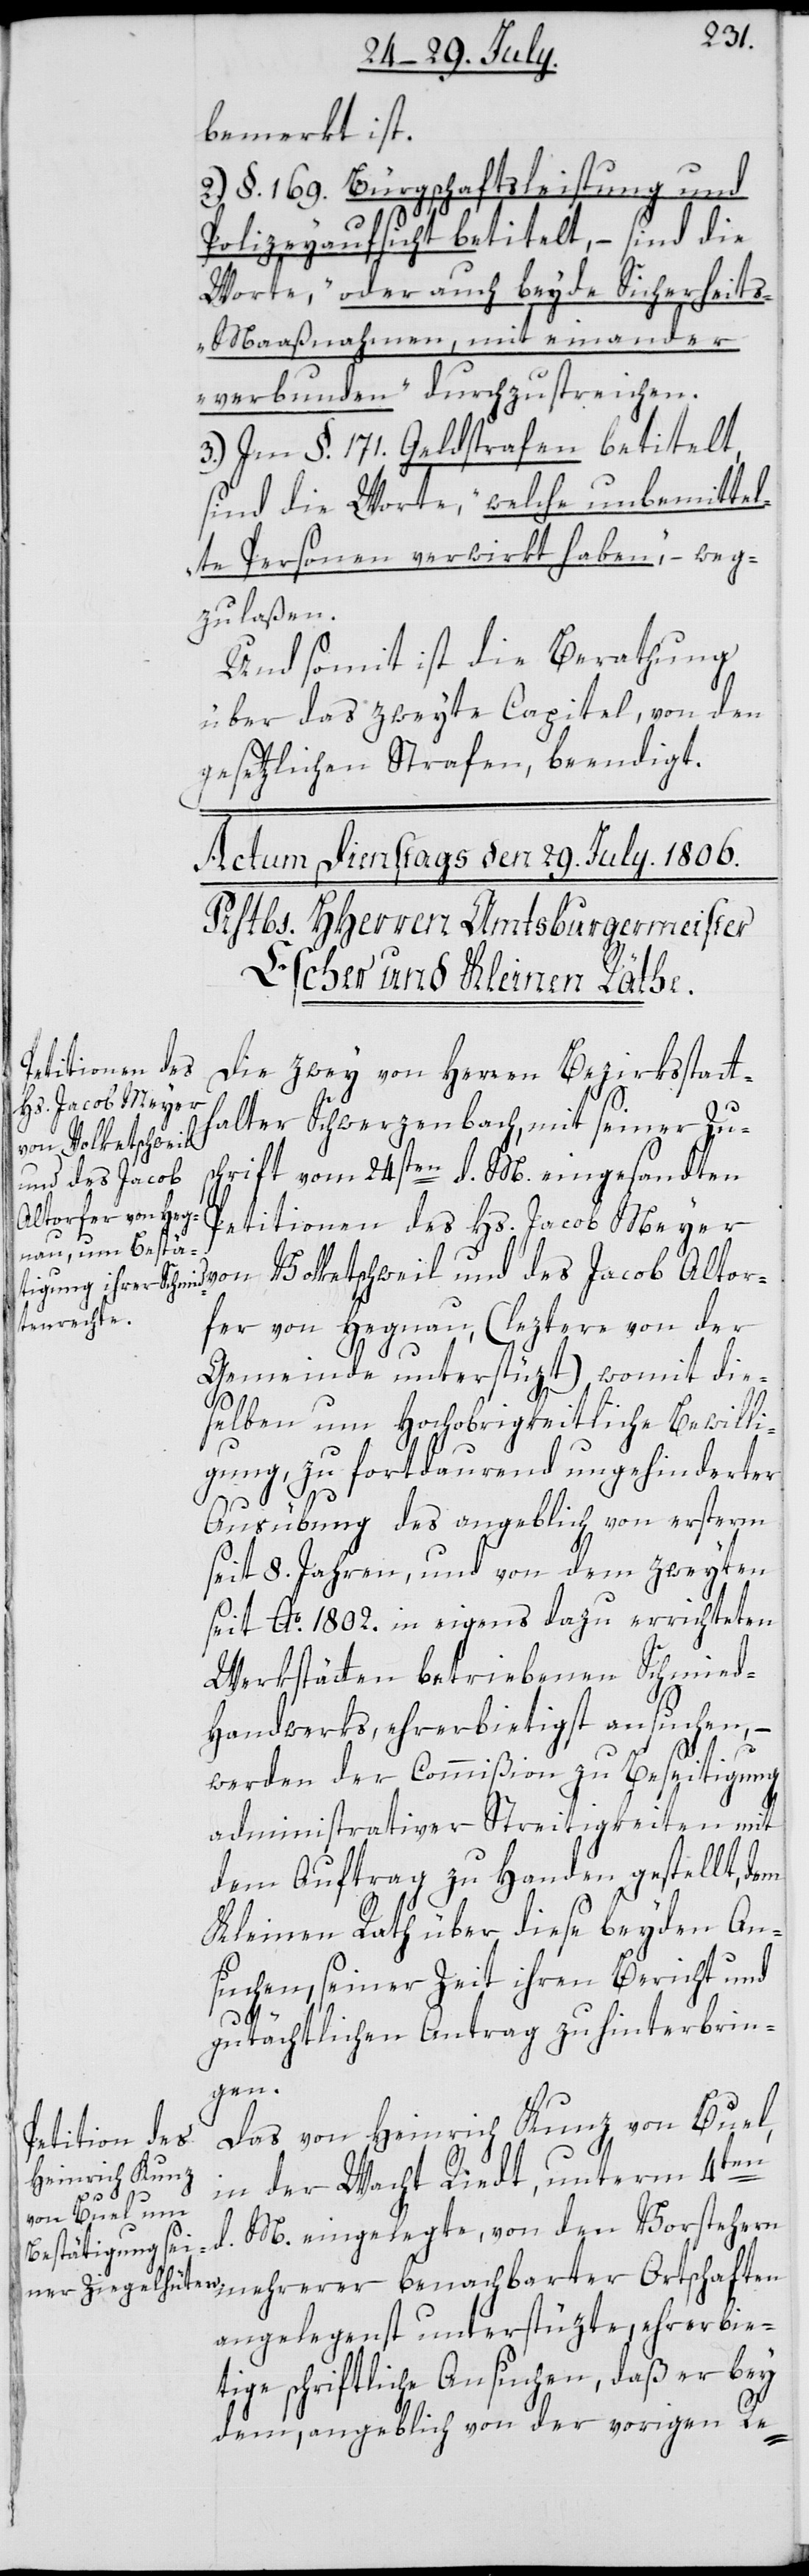
bemerkt ist.
2.) §. 169. Bürgschaftsleistung und
Altor¬
Polizeyaufsicht betitelt, – sind die
Worte „oder auch beyde Sicherheit¬
s-Maaßnahmen, mit einander
verbunden“ durchzustreichen.
3.) Im §. 171. Geldstrafen betitelt,
sind die Worte „welche unbemittel¬
te Personen verwirkt haben“, – weg¬
zulaßen.
Und somit ist die Berathung
über das zweyte Capitel, von den
gesetzlichen Strafen, beendigt.
Die zwey von Herren Bezirksstatt¬
halter Schwerzenbach, mit seiner Zu¬
von Volketschweil
schrift vom 24sten d. M eingesandten
und des Jacob
Petitionen des Hs. Jacob Meyer
fer von Hegnau (leztere von der
Gemeinde unterstüzt) womit die¬
selben um hochobrigkeitliche Bewilli¬
gung, zu fortdauernd ungehinderter
Ausübung des angeblich von ersterm
seit 8. Jahren, und von dem zweyten
seit Ao. 1802. in eigens dazu errichteten
Werkstätten betriebenen Schmied-H¬
andwerks, ehrerbietigst ansuchen, –
werden der Commißion zu Beseitigung
administrativer Streitigkeiten mit
dem Auftrag zu Handen gestellt, dem
Kleinen Rath über diese beyden An¬
suchen, seiner Zeit ihren Bericht und
gutächtlichen Antrag zu hinterbrin¬
gen.
Das von Heinrich Kunz von Buel,
in der Wacht Riedt, unterm 4ten
d. M eingelegte, von den Vorstehern
angelegenst unterstüzte, ehrerbie¬
tige schriftlichen Ansuchen, daß er bey
dem, angeblich von der vorigen Re-